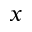
x